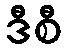
ဒီစီ